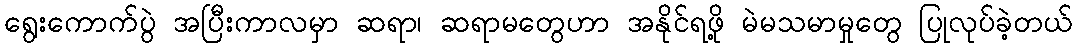
ရွေးကောက်ပွဲ အပြီးကာလမှာ ဆရာ၊ ဆရာမတွေဟာ အနိုင်ရဖို့ မဲမသမာမှုတွေ ပြုလုပ်ခဲ့တယ်